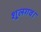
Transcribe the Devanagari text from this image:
शूलगव।